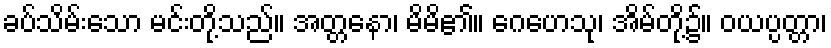
ခပ်သိမ်းသော မင်းတို့သည်။ အတ္တနော၊ မိမိ၏။ ဂေဟေသု၊ အိမ်တို့၌။ ဝယပ္ပတ္တာ၊